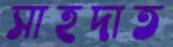
সাহদাত